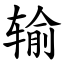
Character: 输